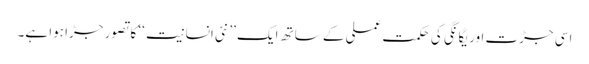
اسی جڑت اور یگانگی کی حکمتِ عملی کے ساتھ ایک ’’ نئی انسانیت ‘‘ کا تصور جڑا ہوا ہے۔